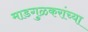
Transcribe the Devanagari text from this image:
माडगुळकरांच्या